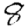
Digit: 8